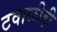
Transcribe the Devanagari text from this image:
टवाळीही